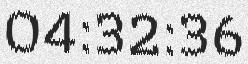
04:32:36